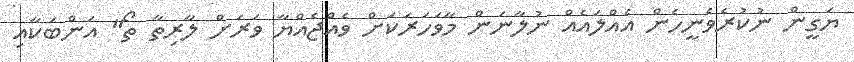
ޔަގީން ނުކުރެވެނީހެން އެއްލައެއް ނުލާނަން މާވަހަރަކަށް ވެއްޖެއްޔާ ވަރަށް ލާރިތާ ތޯ" އަންބަކާއި